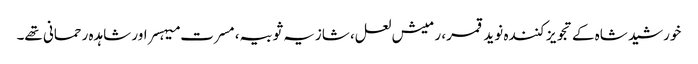
خورشید شاہ کے تجویز کنندہ نوید قمر، رمیش لعل، شازیہ ثوبیہ، مسرت میہسر اور شاہدہ رحمانی تھے۔